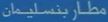
مطار-بنسلينان